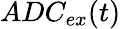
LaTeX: ADC_{ex}(t)